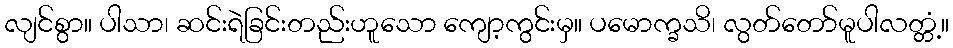
လျင်စွာ။ ပါသာ၊ ဆင်းရဲခြင်းတည်းဟူသော ကျော့ကွင်းမှ။ ပမောက္ခသိ၊ လွတ်တော်မူပါလတ္တံ့။